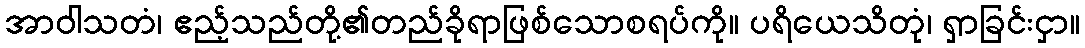
အာဝါသတံ၊ ဧည့်သည်တို့၏တည်ခိုရာဖြစ်သောစရပ်ကို။ ပရိယေသိတုံ၊ ရှာခြင်းငှာ။